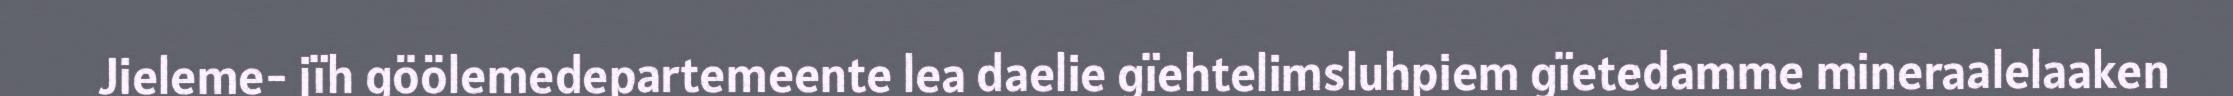
Jieleme- jïh göölemedepartemeente lea daelie gïehtelimsluhpiem gïetedamme mineraalelaaken